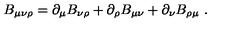
B _ { \mu \nu \rho } = \partial _ { \mu } B _ { \nu \rho } + \partial _ { \rho } B _ { \mu \nu } + \partial _ { \nu } B _ { \rho \mu } \ .